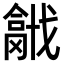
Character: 𢨍